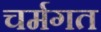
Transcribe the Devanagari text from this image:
चर्मगत